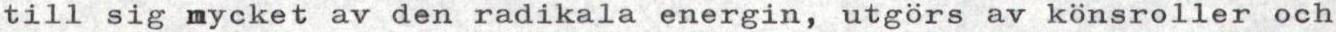
till sig mycket av den radikala energin, utgörs av könsroller och